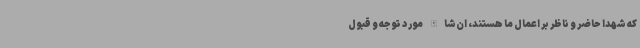
که شهدا حاضر و ناظر بر اعمال ما هستند، ان‌شاالله مورد توجه و قبول